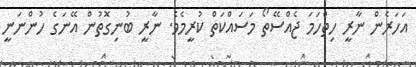
އަހަރެން ނާރީ ހިތްހަަމަ ޖެއްސޭތޯ މަސައްކަތް ކުރީމެވެ. ނާރީ ބުނިގޮތުން އޭނަގެ ހުންނަނީ